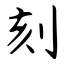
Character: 刻